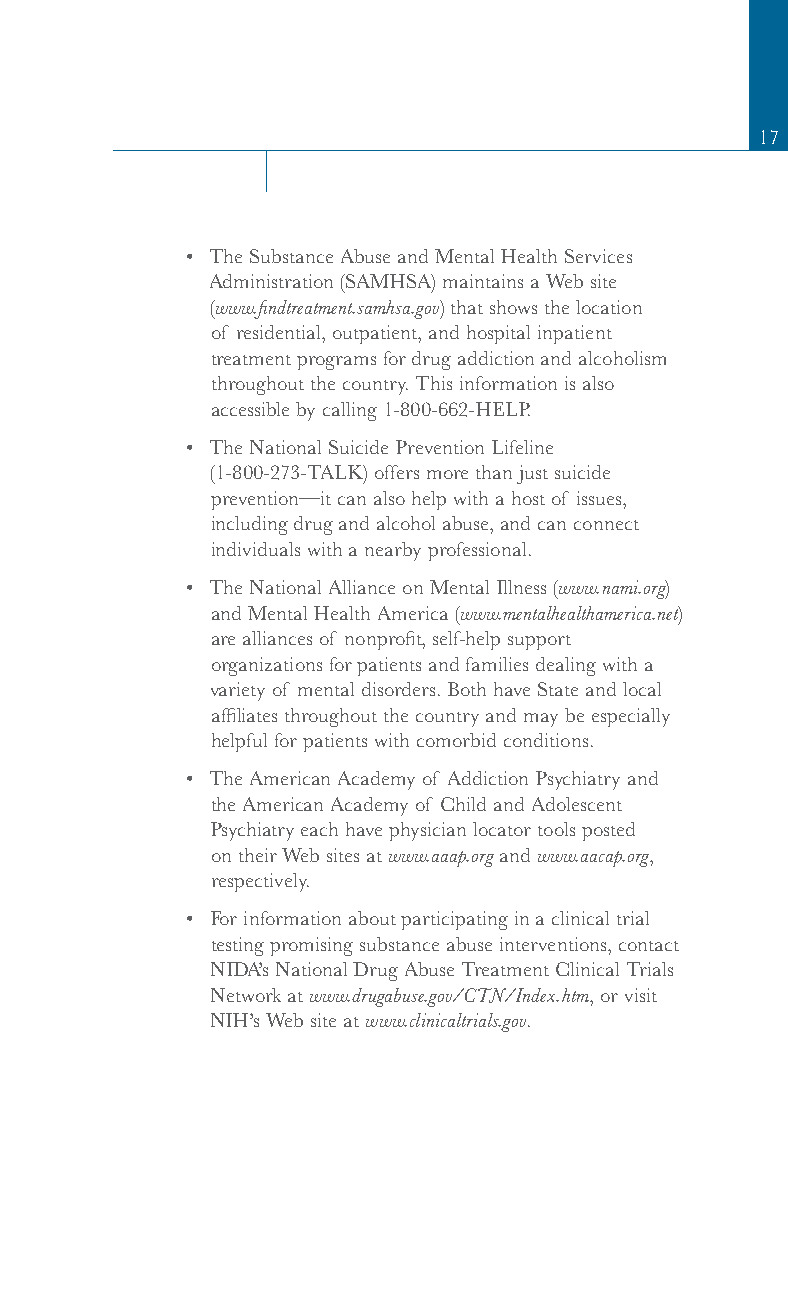
17
 • The Substance Abuse and Mental Health Services
 Administration (SAMHSA) maintains a Web site
 (www.findtreatment.samhsa.gov) that shows the location
 of residential, outpatient, and hospital inpatient
 treatment programs for drug addiction and alcoholism
 throughout the country. This information is also
 accessible by calling 1-800-662-HELP.
 • The National Suicide Prevention Lifeline
 (1-800-273-TALK) offers more than just suicide
 prevention—it can also help with a host of issues,
 including drug and alcohol abuse, and can connect
 individuals with a nearby professional.
 • The National Alliance on Mental Illness (www.nami.org)
 and Mental Health America (www.mentalhealthamerica.net)
 are alliances of nonprofit, self-help support
 organizations for patients and families dealing with a
 variety of mental disorders. Both have State and local
 affiliates throughout the country and may be especially
 helpful for patients with comorbid conditions.
 • The American Academy of Addiction Psychiatry and
 the American Academy of Child and Adolescent
 Psychiatry each have physician locator tools posted
 on their Web sites at www.aaap.org and www.aacap.org,
 respectively.
 • For information about participating in a clinical trial
 testing promising substance abuse interventions, contact
 NIDA’s National Drug Abuse Treatment Clinical Trials
 Network at www.drugabuse.gov/CTN/Index.htm, or visit
 NIH’s Web site at www.clinicaltrials.gov.